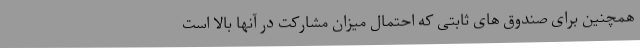
همچنین برای صندوق های ثابتی که احتمال میزان مشارکت در آنها بالا است